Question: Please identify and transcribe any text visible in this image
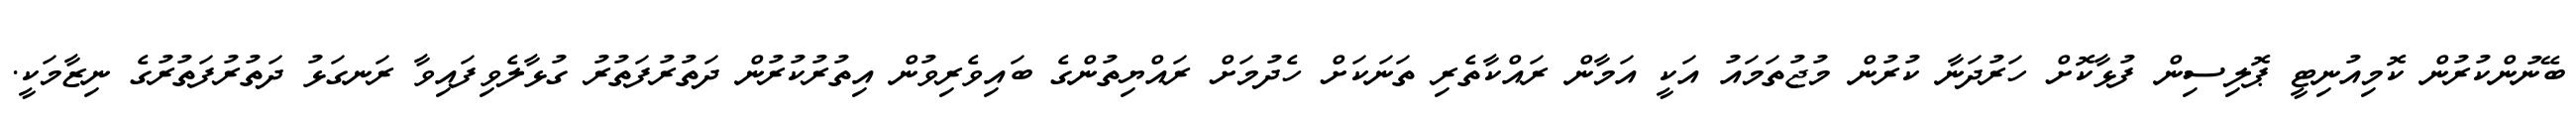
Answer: ބޭނުންކުރުން ކޮމިއުނިޓީ ޕޮލިސިން ފުޅާކޮށް ހަރުދަނާ ކުރުން މުޖުތަމައު އަކީ އަމާން ރައްކާތެރި ތަނަކަށް ހެދުމަށް ރައްޔިތުންގެ ބައިވެރިވުން އިތުރުކުރުން ދަތުރުފަތުރު ގުޅާލެވިފައިވާ ރަނގަޅު ދަތުރުފަތުރުގެ ނިޒާމަކީ.